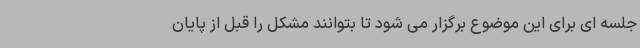
جلسه ای برای این موضوع برگزار می شود تا بتوانند مشکل را قبل از پایان